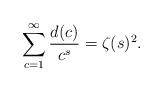
LaTeX: \begin{align*}\sum_{c=1}^{\infty}\frac{d(c)}{c^s}=\zeta(s)^2. \end{align*}